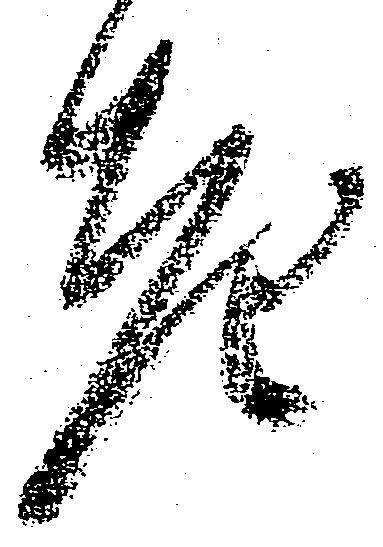
老